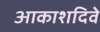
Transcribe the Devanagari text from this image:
आकाशदिवे